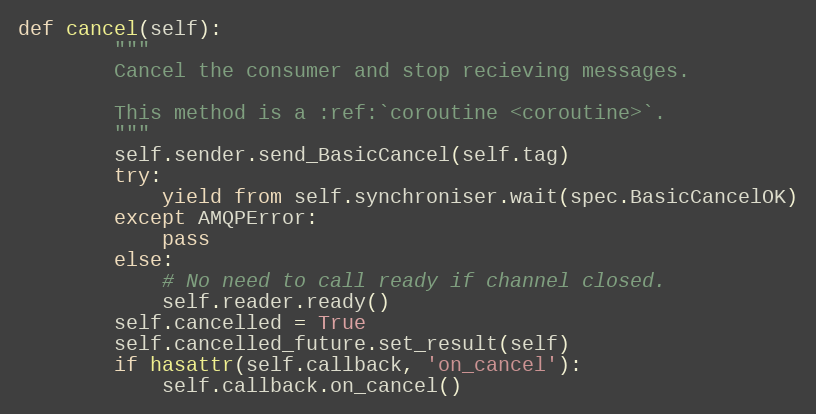
Language: Python
def cancel(self):
        """
        Cancel the consumer and stop recieving messages.

        This method is a :ref:`coroutine <coroutine>`.
        """
        self.sender.send_BasicCancel(self.tag)
        try:
            yield from self.synchroniser.wait(spec.BasicCancelOK)
        except AMQPError:
            pass
        else:
            # No need to call ready if channel closed.
            self.reader.ready()
        self.cancelled = True
        self.cancelled_future.set_result(self)
        if hasattr(self.callback, 'on_cancel'):
            self.callback.on_cancel()